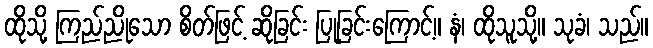
ထိုသို့ ကြည်ညိုသော စိတ်ဖြင့် ဆိုခြင်း ပြုခြင်းကြောင့်။ နံ၊ ထိုသူသို့။ သုခံ၊ သည်။